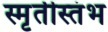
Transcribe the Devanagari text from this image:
स्मृतीस्तंभ